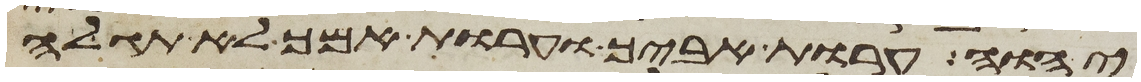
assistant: יהוה ערות אביך וערות אמך לא תגלה